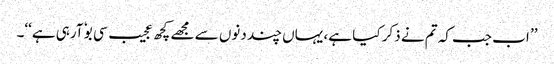
’’ اب جب کہ تم نے ذکر کیا ہے، یہاں چند دنوں سے مجھے کچھ عجیب سی بوٗ آرہی ہے‘‘۔